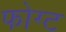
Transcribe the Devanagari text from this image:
फोग्ट